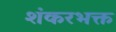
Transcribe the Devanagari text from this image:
शंकरभक्त